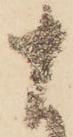
十